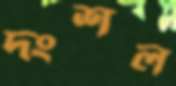
দংশল